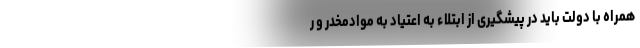
همراه با دولت باید در پیشگیری از ابتلاء به اعتیاد به موادمخدر و ر